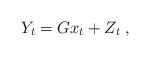
LaTeX: \begin{align*} Y_t = Gx_t + Z_t \;,\,\end{align*}